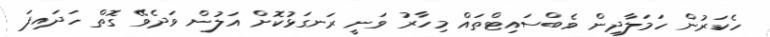
ހެކަރުން ހަމަލާދިން ވެބްސައިޓްތައް މިހާރު ވަނީ ރަނގަޅުކޮށް އަލުން ވަދެވޭ ގޮތް ހަދައިފަ